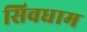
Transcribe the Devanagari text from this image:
सिवधाम